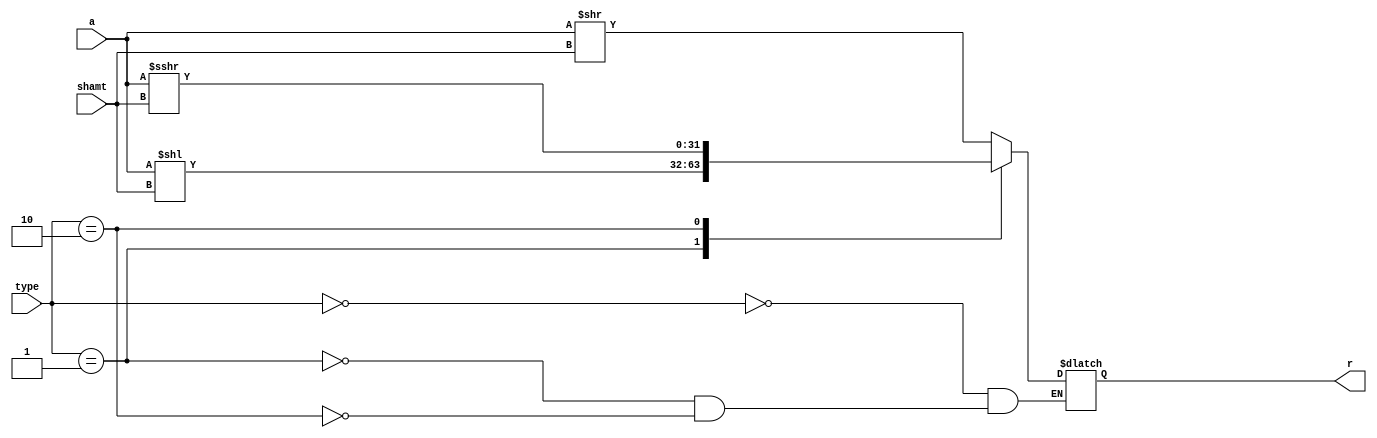
module Shift1(input [31:0] a,input [4:0]  shamt,input [1:0]type,output reg  [31:0] r);
   always @ * begin
        case (type)
            2'b00: r <= (a>>shamt);
            2'b01: r <= (a<<shamt);
            2'b10: r<= ($signed(a)>>>shamt);
        endcase
    end
endmodule